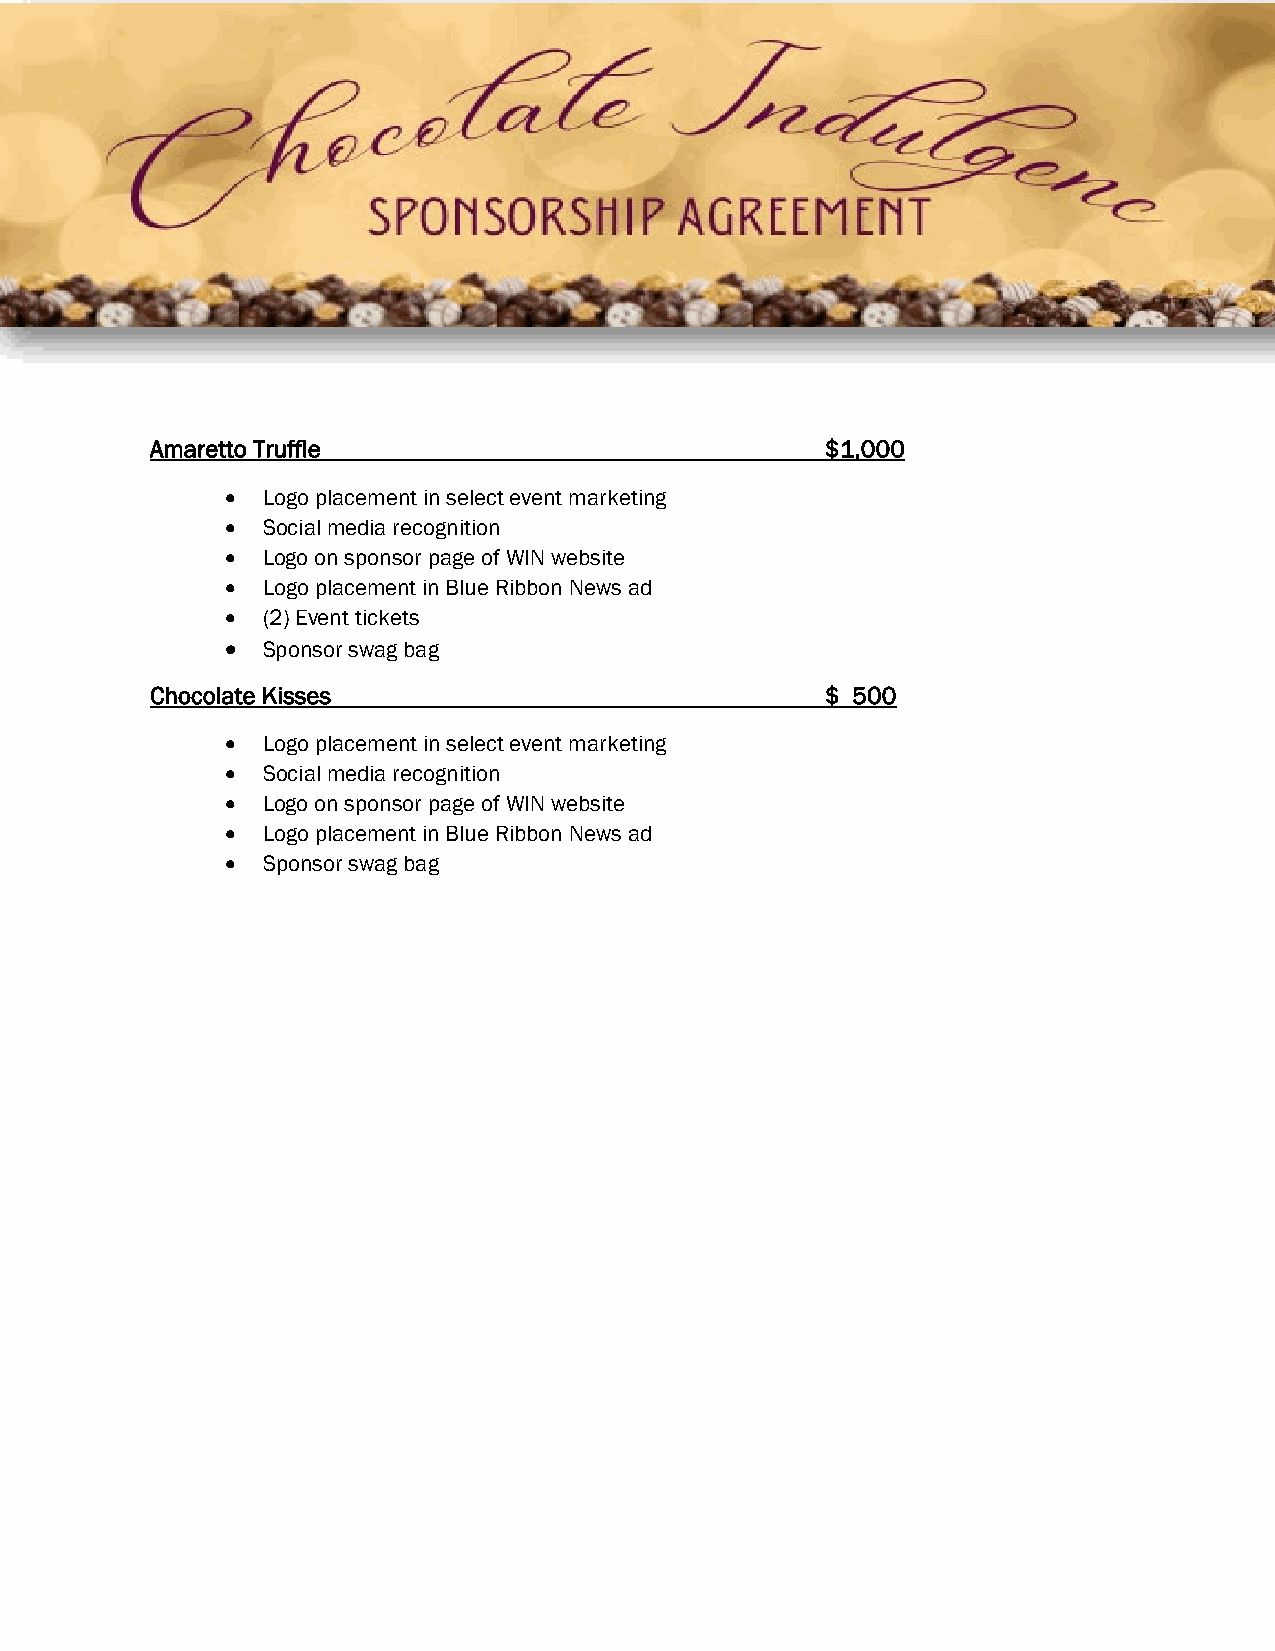
Amaretto Truffle                             $1,000
 • Logo placement in select event marketing
 • Social media recognition
 • Logo on sponsor page of WIN website
 • Logo placement in Blue Ribbon News ad
 • (2) Event tickets
 • Sponsor swag bag
 Chocolate Kisses                             $ 500
 • Logo placement in select event marketing
 • Social media recognition
 • Logo on sponsor page of WIN website
 • Logo placement in Blue Ribbon News ad
 • Sponsor swag bag